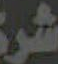
شر